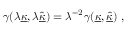
\gamma ( \lambda { \underline { { \kappa } } } , \lambda \hat { \underline { { \kappa } } } ) = \lambda ^ { - 2 } \gamma ( { \underline { { \kappa } } } , \hat { \underline { { \kappa } } } ) ~ ,